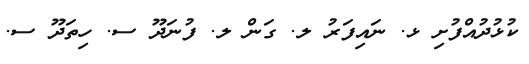
ކުޅުދުއްފުށި ޅ. ނައިފަރު ލ. ގަން ލ. ފުނަދޫ ސ. ހިތަދޫ ސ.